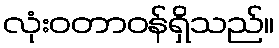
လုံးဝတာဝန်ရှိသည်။